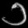
Digit: ၁